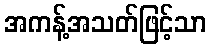
အကန့်အသတ်ဖြင့်သာ